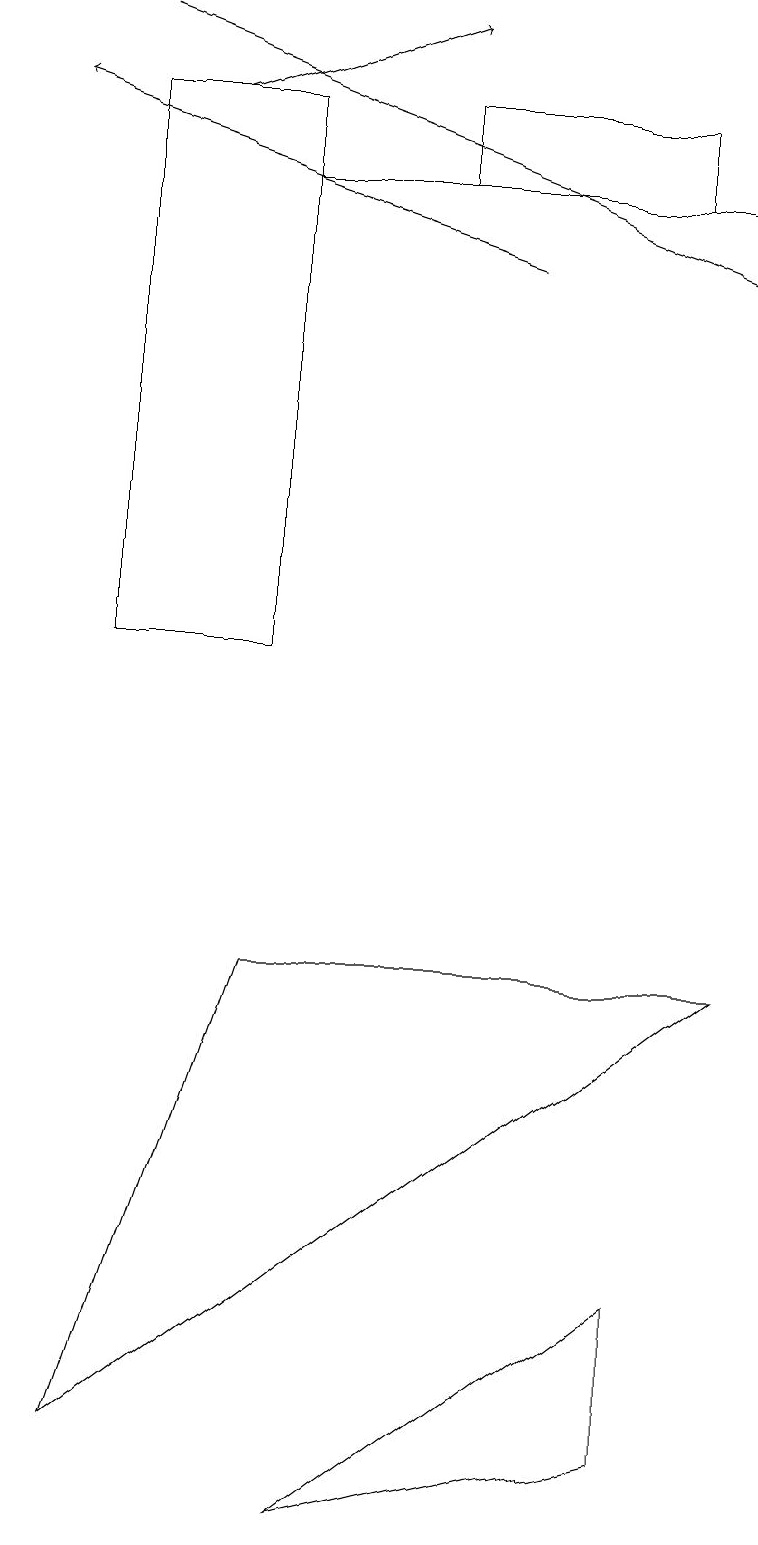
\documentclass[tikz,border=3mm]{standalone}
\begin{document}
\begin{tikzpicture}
\draw[->] (2,18) -- (5,19);
\draw[->] (6,16) -- (0,18);
\draw[->] (1,19) -- (9,16);
\draw (9,7) -- (1,1) -- (3,7) -- cycle;
\draw (8,17) rectangle (5,18);
\draw (1,11) rectangle (3,18);
\draw (8,3) -- (8,1) -- (4,0) -- cycle;
\draw (9,17) rectangle (3,17);
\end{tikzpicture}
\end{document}